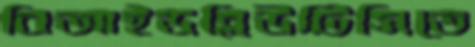
বিআইডব্লিউটিসিতে